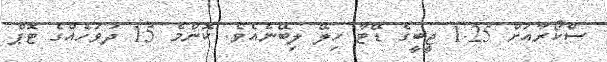
ސްކޯރާއަށް 1.25 ޖީބީގެ ޑޭޓާ ހިލޭ ލިބޭނެއެވެ. ކޮންމެ 15 ދުވަހެއްގެ ޓޮޕް